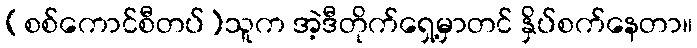
(စစ်ကောင်စီတပ်)သူက အဲ့ဒီတိုက်ရှေ့မှာတင် နှိပ်စက်နေတာ။